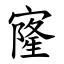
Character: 㝫